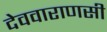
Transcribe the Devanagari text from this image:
देववाराणसी